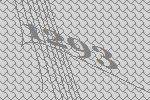
1293